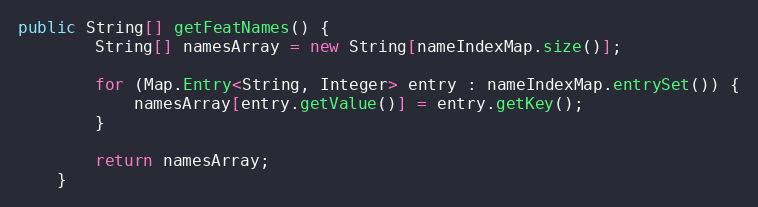
Language: Java
public String[] getFeatNames() {
        String[] namesArray = new String[nameIndexMap.size()];

        for (Map.Entry<String, Integer> entry : nameIndexMap.entrySet()) {
            namesArray[entry.getValue()] = entry.getKey();
        }

        return namesArray;
    }